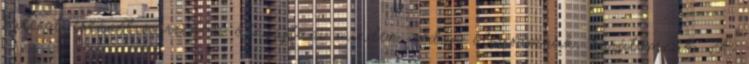
kulcsot ezennel szeretném átnyújtani minden eddigi olvasómnak, barátomnak. A